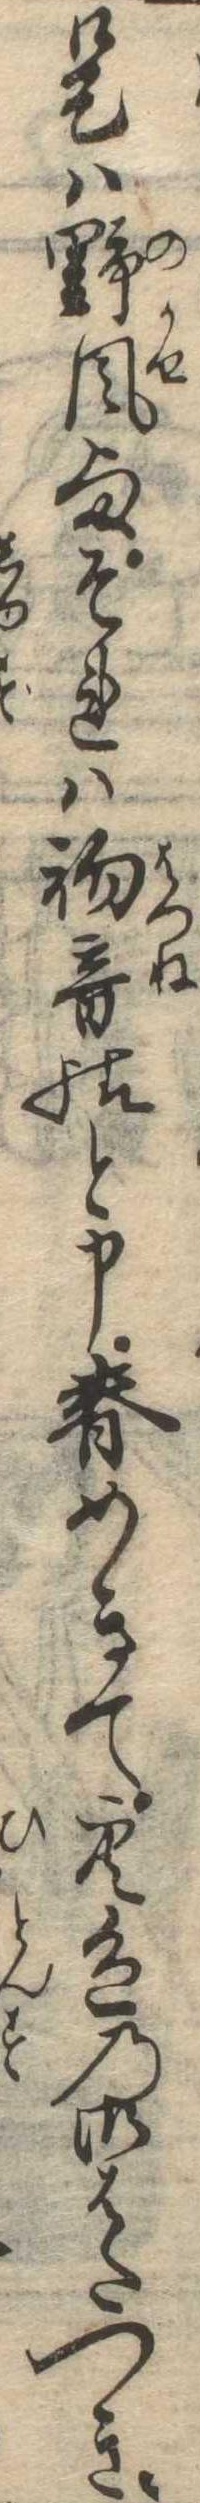
是は野風様それは初音様と申春めきて空色の御はたつき